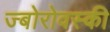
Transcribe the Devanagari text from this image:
ज्बोरोवस्की